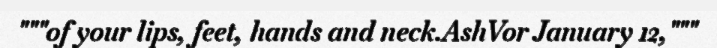
"""of your lips, feet, hands and neck.AshVor January 12,"""